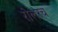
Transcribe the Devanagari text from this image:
रोलरच